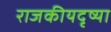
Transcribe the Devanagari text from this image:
राजकीयदृष्या